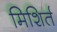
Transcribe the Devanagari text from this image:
मिशिर्त